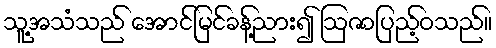
သူ့အသံသည် အောင်မြင်ခန့်ညား၍ ဩဇာပြည့်ဝသည်။